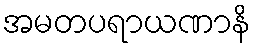
အမတပရာယဏာနိ